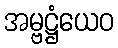
အမ္ဗဋ္ဌံယေဝ